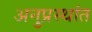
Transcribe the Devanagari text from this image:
अनुप्रस्थांत